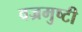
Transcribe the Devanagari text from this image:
वज्रमुष्टी